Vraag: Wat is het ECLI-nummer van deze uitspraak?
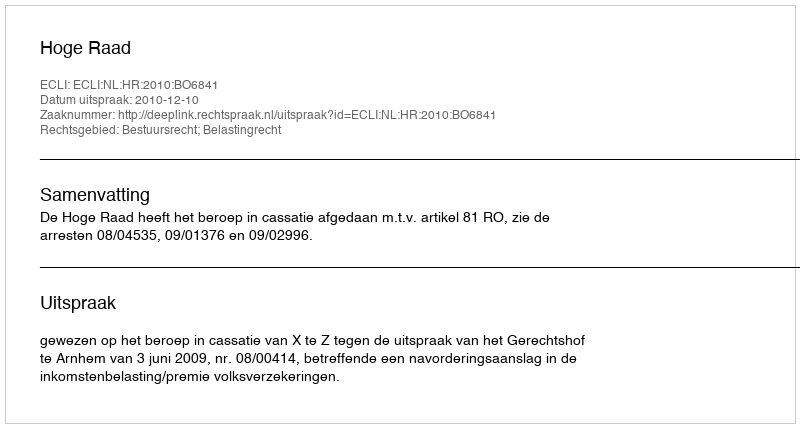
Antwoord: ECLI:NL:HR:2010:BO6841